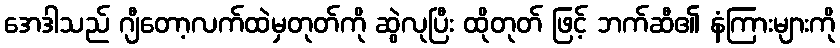
အေဒါသည် ဂျီတော့လက်ထဲမှတုတ်ကို ဆွဲလုပြီး ထိုတုတ် ဖြင့် ဘက်ဆီ၏ နံကြားများကို